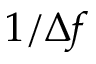
1 / \Delta f